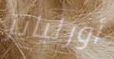
أورليانز